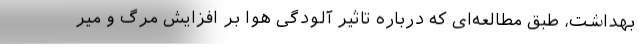
بهداشت، طبق مطالعه‌ای که درباره تاثیر آلودگی هوا بر افزایش مرگ و میر